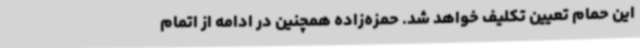
این حمام تعیین تکلیف خواهد شد. حمزه‌زاده همچنین در ادامه از اتمام